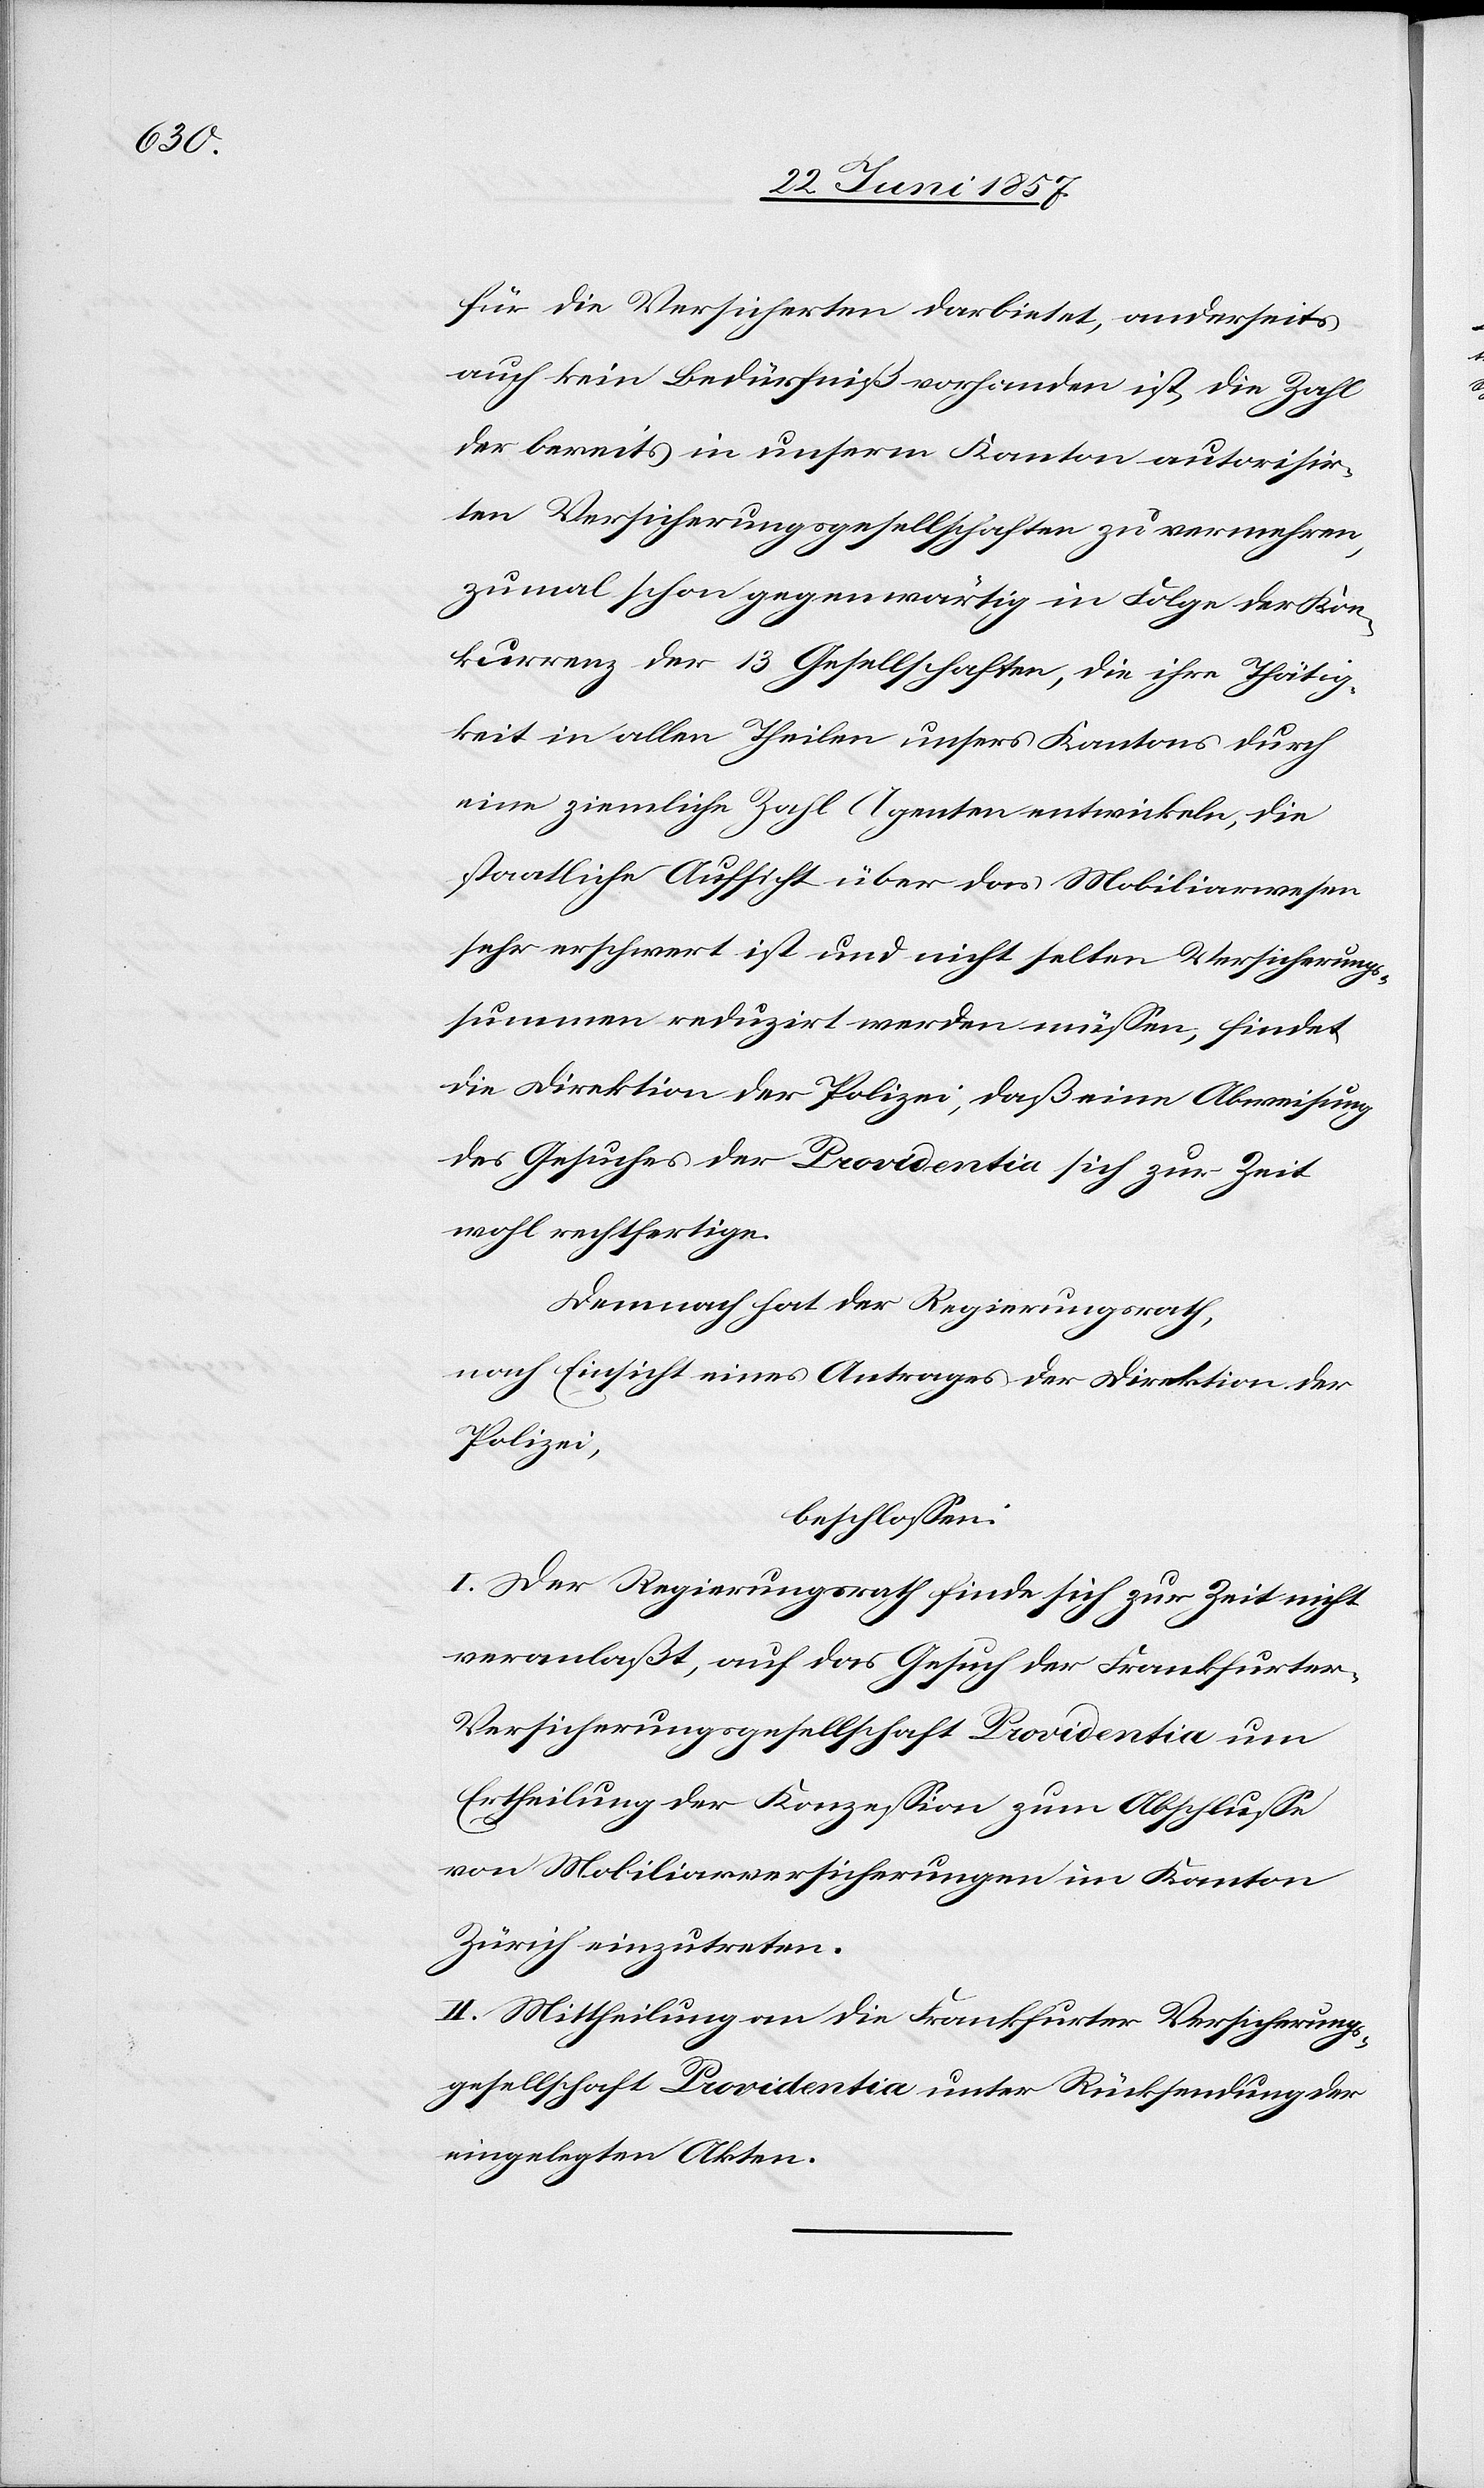
für die Versicherten darbietet, anderseits
auch kein Bedürfniß vorhanden ist, die Zahl
der bereits in unserm Kanton autorisir¬
ten Versicherungsgesellschaften zu vermehren,
zumal schon gegenwärtig in Folge der Kon¬
kurrenz der 13 Gesellschaften, die ihre Thätig¬
keit in allen Theilen unsers Kantons durch
eine ziemliche Zahl Agenten entwickeln, die
staatliche Aufsicht über das Mobiliarwesen
sehr erschwert ist und nicht selten Versicherungs¬
summen reduzirt werden müssen, findet
die Direktion der Polizei, daß eine Abweisung
des Gesuches der Providentia sich zur Zeit
wohl rechtfertige.
Demnach hat der Regierungsrath,
nach Einsicht eines Antrages der Direktion der
Polizei,
beschlossen:
I. Der Regierungsrath finde sich zur Zeit nicht
veranlaßt, auf das Gesuch der Frankfurter-V¬
ersicherungsgesellschaft Providentia um
Ertheilung der Konzession zum Abschlusse
von Mobiliarversicherungen im Kanton
Zürich einzutreten.
II. Mittheilung an die Frankfurter Versicherungs¬
gesellschaft Providentia unter Rücksendung der
eingelegten Akten.